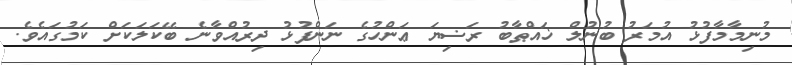
މުނިމާމާފުޅު އުމަރު ބުނުލް ޚައްޠާބު ރަޟިޔަ ޢަންހުގެ ނަންފުޅު ދިރުއްވާނެ ބޭކަލަކަށް ކަމުގައެވެ.